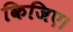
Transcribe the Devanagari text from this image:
किजिए।